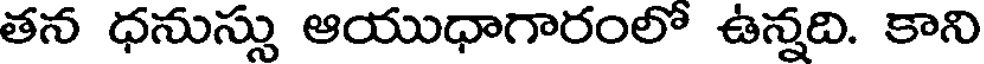
తన ధనుస్సు ఆయుధాగారంలో ఉన్నది. కాని